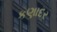
કણાદર